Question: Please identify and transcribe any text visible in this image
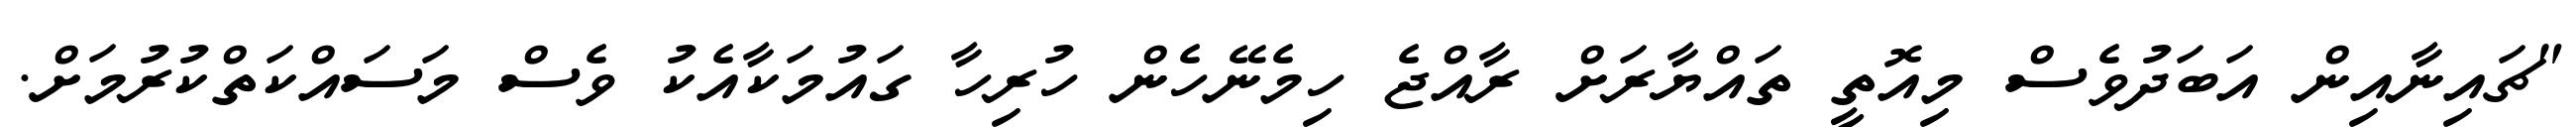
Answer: "ޗައިނާއިން އަބަދުވެސް މިއޮތީ ތައްޔާރަށް ރާއްޖެ ހިމެނޭހެން ހުރިހާ ގައުމަކާއެކު ވެސް މަސައްކަތްކުރުމަށް.